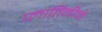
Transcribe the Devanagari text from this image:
प्लातिनीने